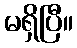
မရှိပြီ။